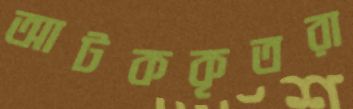
আটককৃতরা